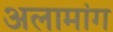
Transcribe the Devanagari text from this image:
अलामांग